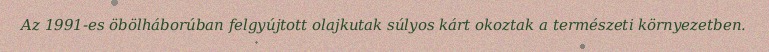
Az 1991-es öbölháborúban felgyújtott olajkutak súlyos kárt okoztak a természeti környezetben.